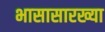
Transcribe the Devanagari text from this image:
भासासारख्या